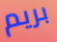
بريم